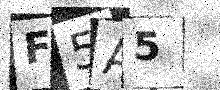
Text: F5A5